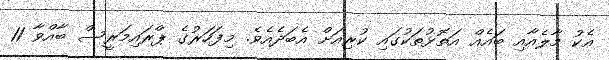
އެކު މާލެއާއި ބައެއް އަތޮޅުތަކުގައި ކުރިއަށް އެބަދެއެވެ. މިފަހަރުގެ ޕްރައިމަރީސް ބާއްވާ 11